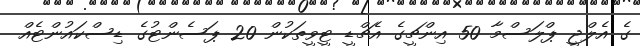
ގެ އެލްޖީ ޕްލަސްމާ 50 އިންޗީގެ އެޗްޑީ ޓީވީތަކުން 20 ޕަސެންޓުގެ ޑިސްކައުންޓެއް